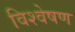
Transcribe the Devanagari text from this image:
विश्वेषण